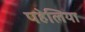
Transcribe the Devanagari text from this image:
पहेलिया